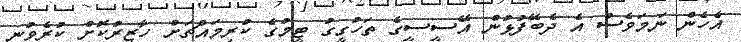
އެހެން ނަމަވެސް އެ ދެބޭފުޅުން އޭސީސީގެ ތަހުގީގު ޓީމުގެ ކުރިމައްޗަށް ހާޒިރުކޮށް ކުރެވުނީ